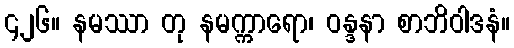
၄၂၆။ နမဿာ တု နမက္ကာရော၊ ဝန္ဒနာ စာဘိဝါဒနံ။